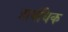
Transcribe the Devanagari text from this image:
प्राबंधिक